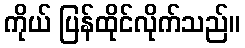
ကိုယ် ပြန်ထိုင်လိုက်သည်။